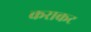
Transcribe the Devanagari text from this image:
कराकट